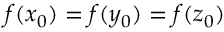
f ( x _ { 0 } ) = f ( y _ { 0 } ) = f ( z _ { 0 } )